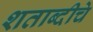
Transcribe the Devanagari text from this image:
शताब्दीचे